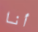
أنا